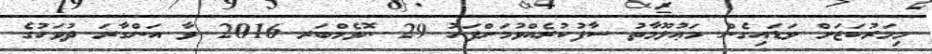
މިމަރުކަޒަށް ވަޑައިގެން މަޢުލޫމާތު ސާފުކުރެއްވުމަށްފަހު 29 ނޮވެމްބަރ 2016 ވާ އަންގާރަ ދުވަހުގެ